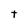
Character: t